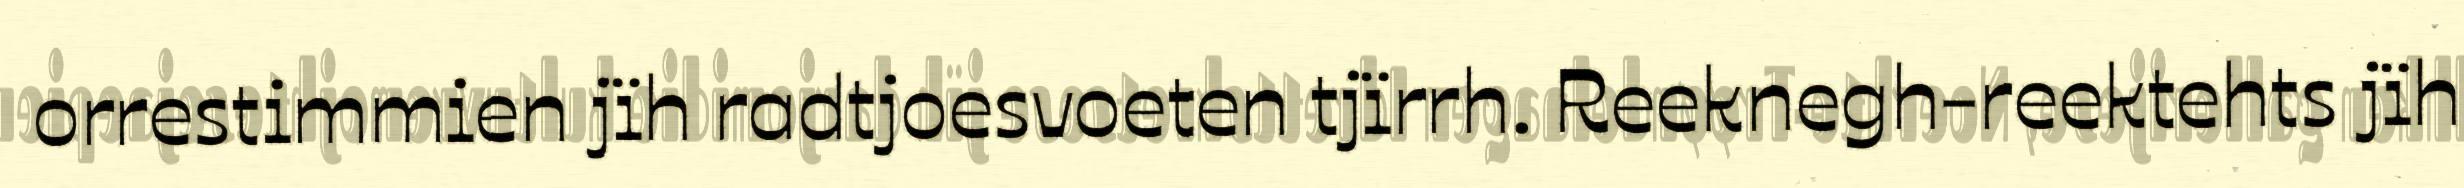
orrestimmien jïh radtjoesvoeten tjïrrh. Reeknegh-reektehts jïh